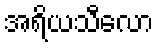
အရိယသီလော